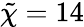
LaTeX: \tilde{\chi}=14